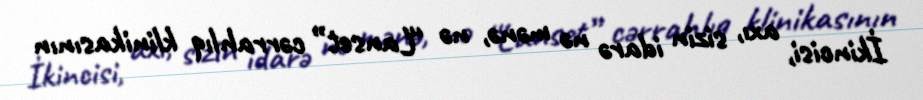
İkincisi, axı, sizin idarə nə mənə, nə “Lanset” cərrahlıq klinikasının